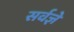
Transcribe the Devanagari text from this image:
सर्वज्ञे